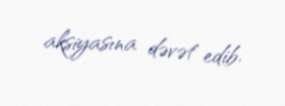
aksiyasına dəvət edib.